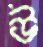
উ